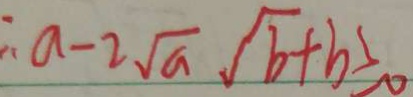
a - 2 \sqrt { a } \sqrt { b } + b \geq 0